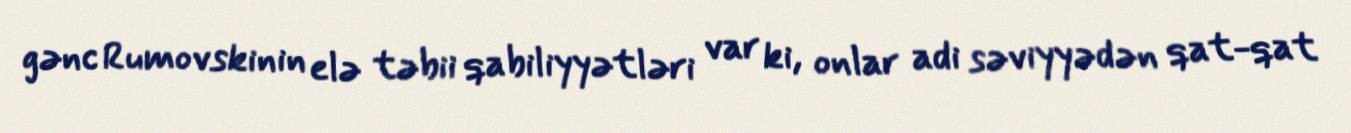
gənc Rumovskinin elə təbii qabiliyyətləri var ki, onlar adi səviyyədən qat-qat